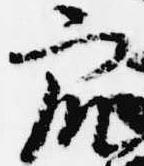
衆